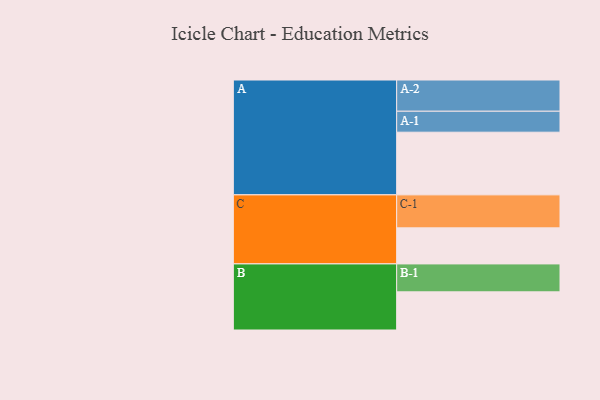
{"axis": {"x": "Segment", "y": "Value"}, "legend": ["", "A", "B", "C"], "data": [{"x": "A", "y": 532, "type": ""}, {"x": "B", "y": 324, "type": ""}, {"x": "C", "y": 306, "type": ""}, {"x": "A-1", "y": 178, "type": "A"}, {"x": "A-2", "y": 265, "type": "A"}, {"x": "B-1", "y": 237, "type": "B"}, {"x": "C-1", "y": 280, "type": "C"}]}